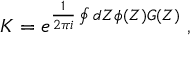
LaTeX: K = e ^ { \frac { 1 } { 2 \pi i } \oint d Z \phi ( Z ) G ( Z ) } \; ,